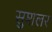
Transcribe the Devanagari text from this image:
सुशलर